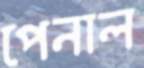
পেনাল